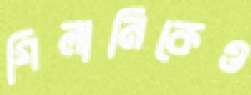
গিলানিকেও